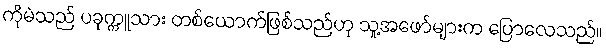
ကိုမဲသည် ပခုက္ကူသား တစ်ယောက်ဖြစ်သည်ဟု သူ့အဖော်များက ပြောလေသည်။